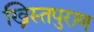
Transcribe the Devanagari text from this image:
ख्रिस्तपुराण